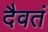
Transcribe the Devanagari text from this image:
दैवतं